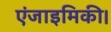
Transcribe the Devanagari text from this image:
एंजाइमिकी।